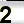
Digit: 2